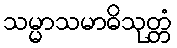
သမ္မာသမာဓိသုတ္တံ